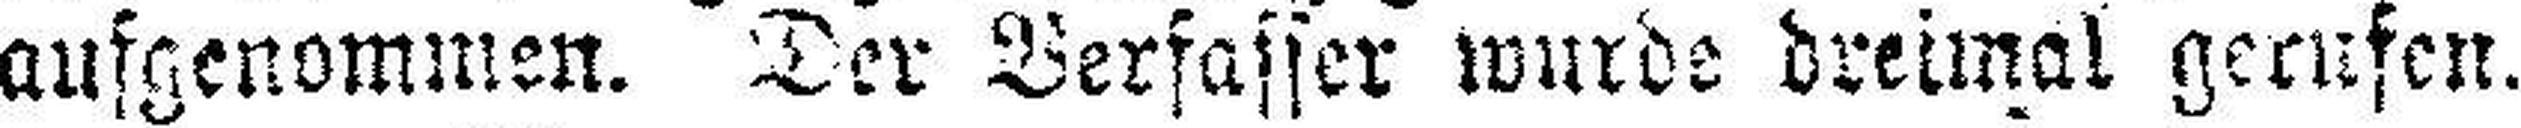
aufgenommen. Der Verfasser wurde dreimal gerufen.